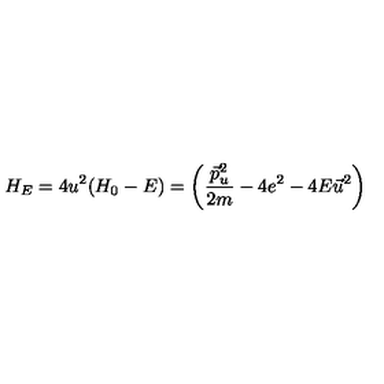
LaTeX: H _ { E } = 4 u ^ { 2 } ( H _ { 0 } - E ) = \left( \frac { \vec { p } _ { u } ^ { 2 } } { 2 m } - 4 e ^ { 2 } - 4 E \vec { u } ^ { 2 } \right)